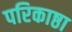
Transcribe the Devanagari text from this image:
परिकाष्ठा